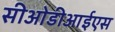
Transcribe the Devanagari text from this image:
सीओडीआईएस